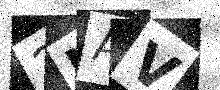
Text: 2NAV